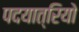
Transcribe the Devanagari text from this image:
पदयात्रियो